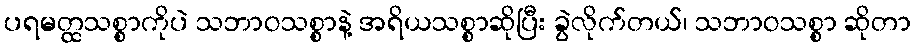
ပရမတ္ထသစ္စာကိုပဲ သဘာဝသစ္စာနဲ့ အရိယသစ္စာဆိုပြီး ခွဲလိုက်တယ်၊ သဘာဝသစ္စာ ဆိုတာ